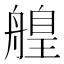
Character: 𦪄